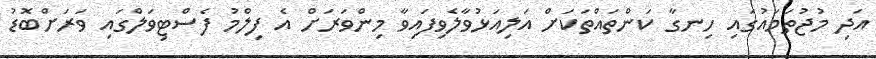
އަދި މުޖުތަމައުގައި ހިނގާ ކަންތައްތަކަށް އަލިއަޅުވާލެވިފައިވާ މިންވަރަށް އެ ފިލްމު ފެސްޓިވަލްގައި ވަރަށްބޮޑު